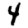
Digit: 4